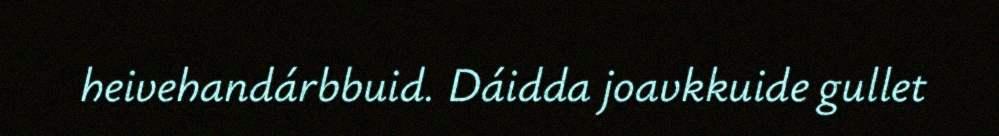
heivehandárbbuid. Dáidda joavkkuide gullet